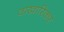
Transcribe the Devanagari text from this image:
वाखारिकर